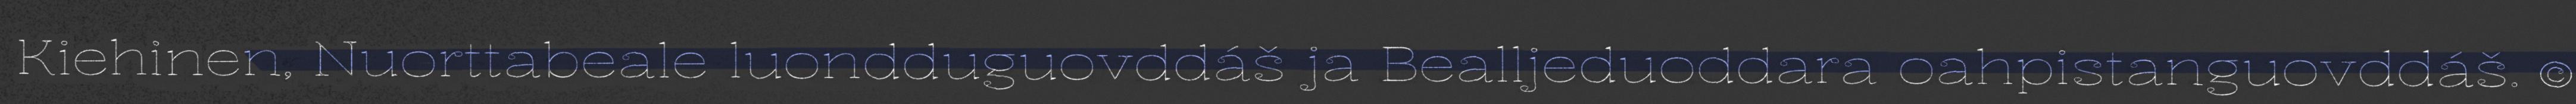
Kiehinen, Nuorttabeale luondduguovddáš ja Bealljeduoddara oahpistanguovddáš. ©